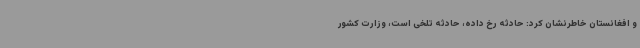
و افغانستان خاطرنشان کرد: حادثه رخ داده، حادثه تلخی است، وزارت کشور